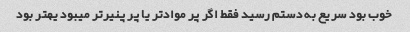
خوب بود سریع به دستم رسید فقط اگر پر مواد‌تر یا پر پنیر‌تر میبود یهتر بود